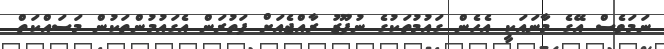
ނަމަވެސް އޭގެ މާނައަކީ އެހެން ގައުމުތަކުގެ ނުފޫޒު ރާއްޖެއަށް ފަތުރަން އެގައުމުންތަކުން މަސައްކަތް